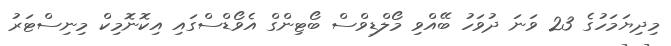
މިދިޔަމަހުގެ 23 ވަނަ ދުވަހު ބޭއްވި މޯލްޑިވްސް ބޯޓިންގް އެވޯޑްސްގައި އިކޮނޮމިކް މިނިސްޓަރު